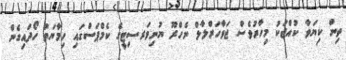
ތިން ކިޔަވާ ކުއްޖަކު މިހާރުވެސް ޖަވާހަރްލާލް ނެހްރޫ ޔުނިވަރސިޓީގެ ކެމްޕަސްގައި ހިމާޔަތް ހޯދައިގެން